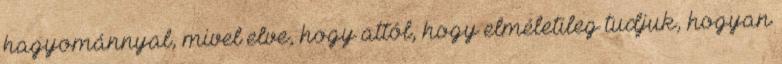
hagyománnyal, mivel elve, hogy attól, hogy elméletileg tudjuk, hogyan